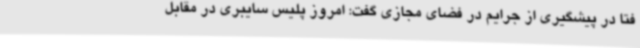
فتا در پیشگیری از جرایم در فضای مجازی گفت: امروز پلیس سایبری در مقابل